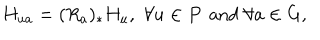
LaTeX: H _ { u a } = ( R _ { a } ) _ { * } H _ { u } , \, \, \forall u \in P \, \mathrm { ~ a n d ~ } \forall a \in G ,